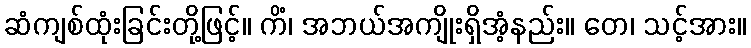
ဆံကျစ်ထုံးခြင်းတို့ဖြင့်။ ကိံ၊ အဘယ်အကျိုးရှိအံ့နည်း။ တေ၊ သင့်အား။